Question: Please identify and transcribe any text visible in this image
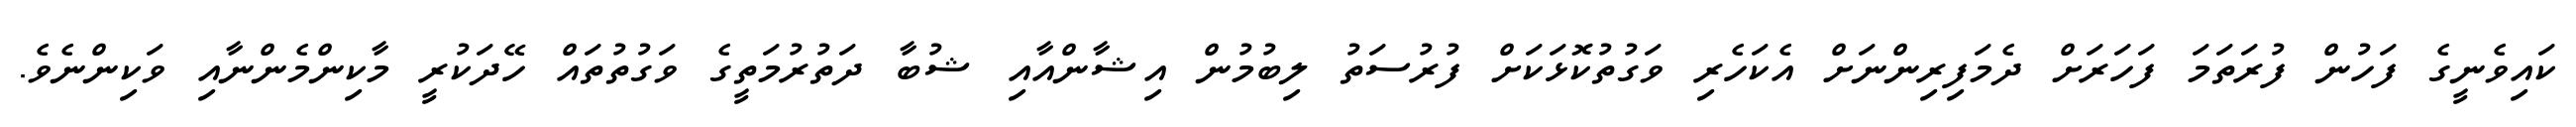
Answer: ކައިވެނީގެ ފަހުން ފުރަތަމަ ފަހަރަށް ދެމަފިރިންނަށް އެކަހެރި ވަގުތުކޮޅަކަށް ފުރުސަތު ލިބުމުން އިޝާންއާއި ޝުބާ ދަތުރުމަތީގެ ވަގުތުތައް ހޭދަކުރީ މާކިންމެންނާއި ވަކިންނެވެ.